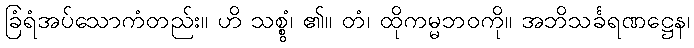
ခြံရံအပ်သောကံတည်း။ ဟိ သစ္စွံ၊ ၏။ တံ၊ ထိုကမ္မဘဝကို။ အဘိသင်္ခရဏဋ္ဌေန၊